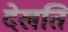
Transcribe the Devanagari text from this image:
देखति